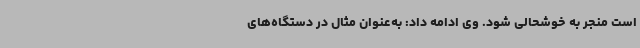
است منجر به خوشحالی شود. وی ادامه داد: به‌عنوان مثال در دستگاه‌های